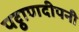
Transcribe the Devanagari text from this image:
पट्ठाणदीपनी